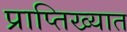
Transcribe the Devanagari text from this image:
प्राप्तिख्यात